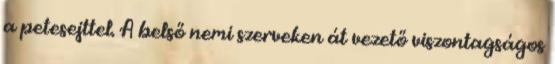
a petesejttel. A belső nemi szerveken át vezető viszontagságos